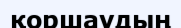
қоршаудың